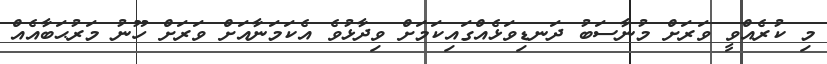
މި ކުރެއްވީ ވަރަށް މުނާސަބު ދަނޑިވަޅެއްގައިކަމަށް ވިދާޅުވެ އެކަމަނާއަށް ވަރަށް ހޫނު މަރުޙަބާއެއް